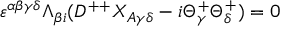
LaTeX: \varepsilon ^ { \alpha \beta \gamma \delta } \Lambda _ { \beta { i } } ( D ^ { + + } X _ { A \gamma \delta } - i \Theta _ { \gamma } ^ { + } \Theta _ { \delta } ^ { + } ) = 0